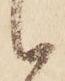
候